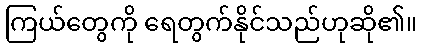
ကြယ်တွေကို ရေတွက်နိုင်သည်ဟုဆို၏။